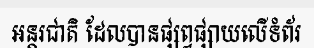
អន្តរជាតិ ដែលបានផ្សព្វផ្សាយលើទំព័រ